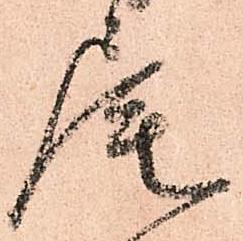
尾